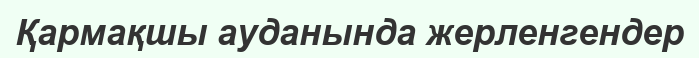
Қармақшы ауданында жерленгендер